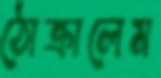
ঠোক্‌রালেম